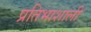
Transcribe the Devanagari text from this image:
प्रतिभाशाली